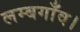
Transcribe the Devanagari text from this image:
लम्बगाँव।